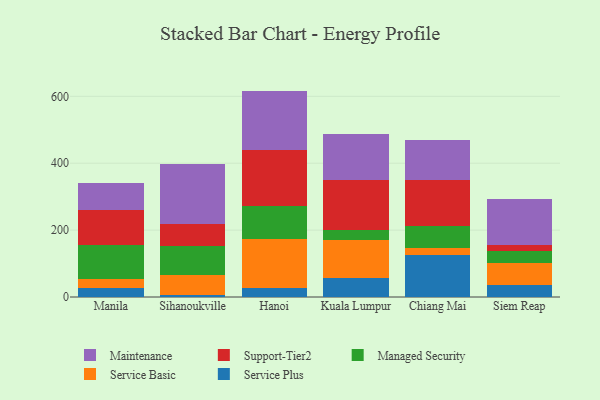
{"axis": {"x": "City", "y": "Customer Acquisition Cost (USD)"}, "legend": ["Maintenance", "Managed Security", "Service Basic", "Service Plus", "Support-Tier2"], "data": [{"x": "Manila", "y": 26.2, "type": "Service Plus"}, {"x": "Manila", "y": 27.2, "type": "Service Basic"}, {"x": "Manila", "y": 101.4, "type": "Managed Security"}, {"x": "Manila", "y": 105.3, "type": "Support-Tier2"}, {"x": "Manila", "y": 81.1, "type": "Maintenance"}, {"x": "Sihanoukville", "y": 5.8, "type": "Service Plus"}, {"x": "Sihanoukville", "y": 60.1, "type": "Service Basic"}, {"x": "Sihanoukville", "y": 87.5, "type": "Managed Security"}, {"x": "Sihanoukville", "y": 64.9, "type": "Support-Tier2"}, {"x": "Sihanoukville", "y": 180.0, "type": "Maintenance"}, {"x": "Hanoi", "y": 28.0, "type": "Service Plus"}, {"x": "Hanoi", "y": 144.9, "type": "Service Basic"}, {"x": "Hanoi", "y": 98.0, "type": "Managed Security"}, {"x": "Hanoi", "y": 168.6, "type": "Support-Tier2"}, {"x": "Hanoi", "y": 177.0, "type": "Maintenance"}, {"x": "Kuala Lumpur", "y": 55.4, "type": "Service Plus"}, {"x": "Kuala Lumpur", "y": 114.2, "type": "Service Basic"}, {"x": "Kuala Lumpur", "y": 30.8, "type": "Managed Security"}, {"x": "Kuala Lumpur", "y": 148.9, "type": "Support-Tier2"}, {"x": "Kuala Lumpur", "y": 138.5, "type": "Maintenance"}, {"x": "Chiang Mai", "y": 125.2, "type": "Service Plus"}, {"x": "Chiang Mai", "y": 20.2, "type": "Service Basic"}, {"x": "Chiang Mai", "y": 67.0, "type": "Managed Security"}, {"x": "Chiang Mai", "y": 138.1, "type": "Support-Tier2"}, {"x": "Chiang Mai", "y": 120.5, "type": "Maintenance"}, {"x": "Siem Reap", "y": 36.6, "type": "Service Plus"}, {"x": "Siem Reap", "y": 64.3, "type": "Service Basic"}, {"x": "Siem Reap", "y": 37.6, "type": "Managed Security"}, {"x": "Siem Reap", "y": 17.6, "type": "Support-Tier2"}, {"x": "Siem Reap", "y": 135.8, "type": "Maintenance"}]}